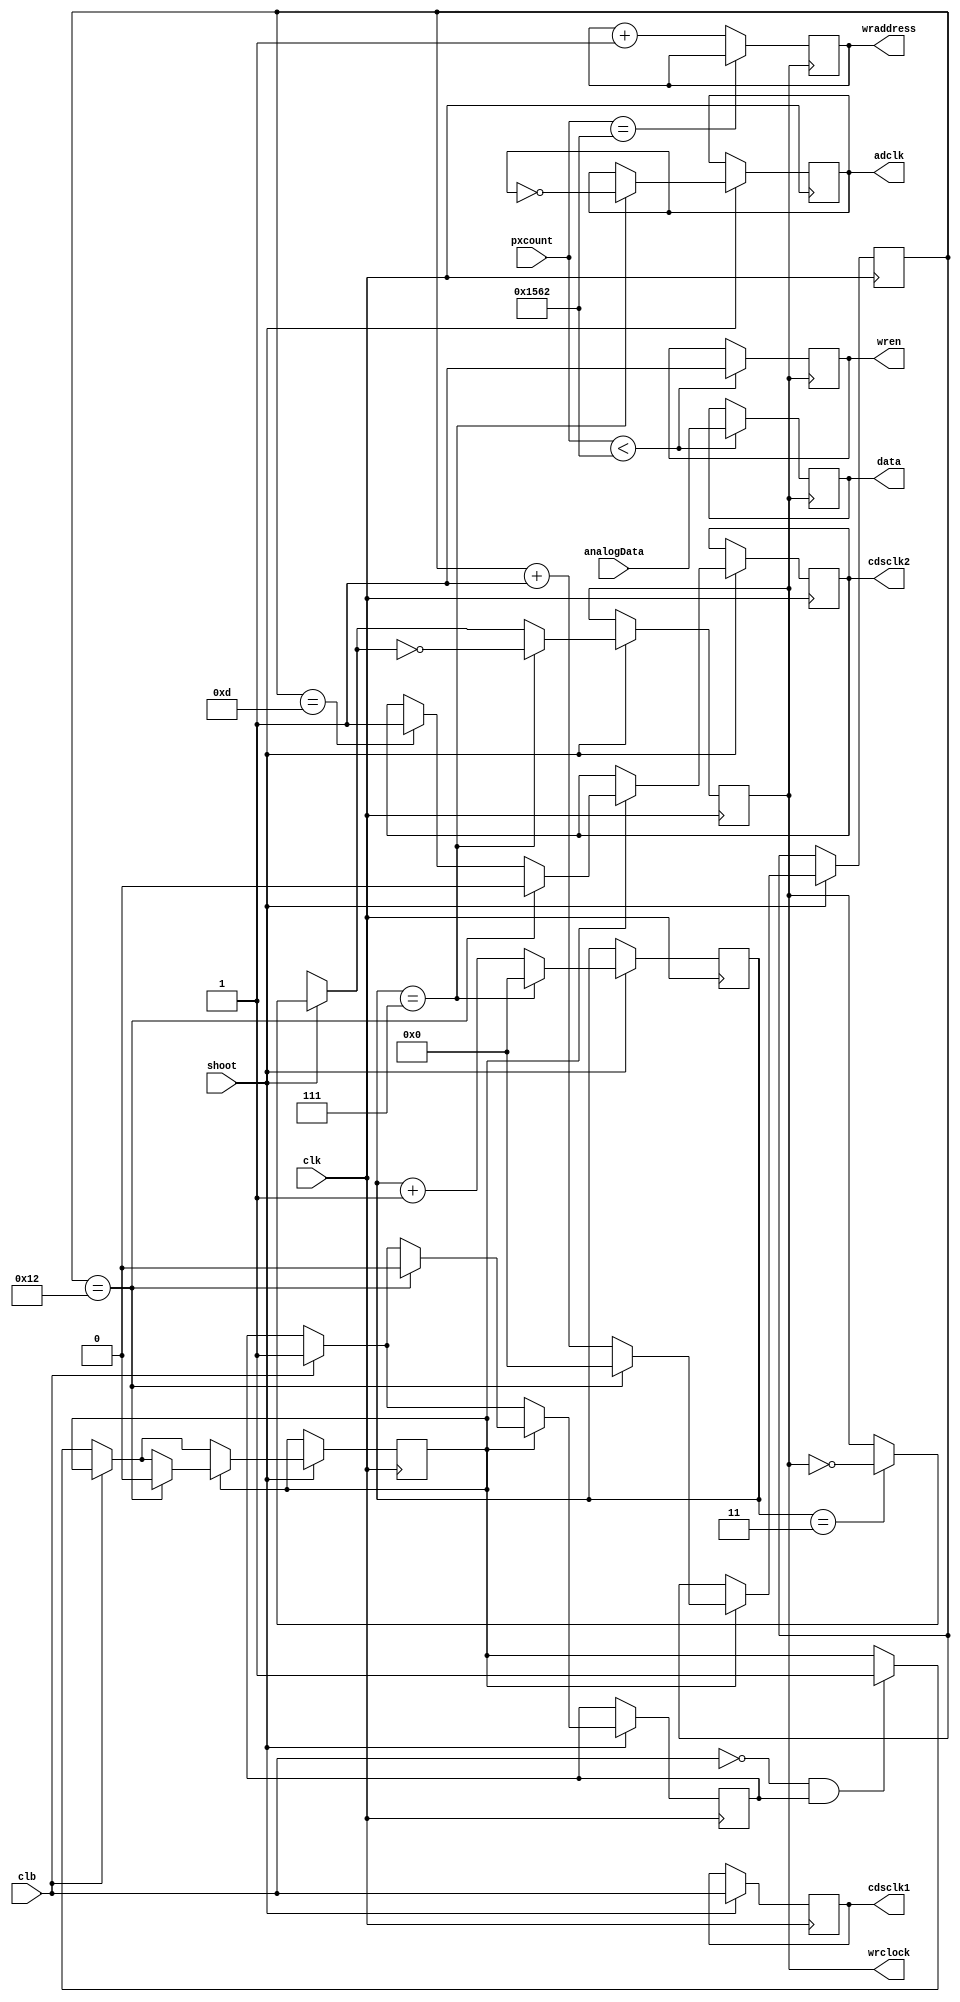
module ADCread (adclk, cdsclk1, cdsclk2, analogData,
				clb,
				shoot, pxcount, clk,
				data, wraddress, wrclock, wren);

output reg adclk = 0;
output reg cdsclk1 = 0;
output reg cdsclk2 = 0;
input [7:0] analogData;

input clb;
input shoot;
input [12:0] pxcount;
input clk;

output reg [7:0] data = 0;
output reg [15:0]  wraddress = 0;
output reg wrclock = 0;
output reg wren = 0;

//CCD frequency is 1 MHz
reg [4:0] counter = 0;
reg [4:0] cds2counter = 0;
reg cds2start = 0;
reg cds2en = 0;

always @(posedge clk) begin
	if (shoot) begin
		if (counter == 3) begin			// clock generation
			wrclock = ~wrclock;
		end 
		if (counter == 7) begin
			wrclock = ~wrclock;
			adclk = ~adclk;
			counter <= 0;
		end else begin
			counter <= counter + 1;
		end
	
		cdsclk1 <= clb;			// CLB is used as cds1 to save LE
		if (clb == 1) begin 
			cds2en <= 1;
		end else if (clb == 0 && cds2en) begin
			cds2start <= 1;
		end
	
		if (cds2start == 1) begin 
			if (cds2counter == 13) begin
				cdsclk2 <= 1;
			end 
			if (cds2counter == 18) begin
				cdsclk2 <= 0;
				cds2counter <= 0;
				cds2start <= 0;
				cds2en <= 0;
			end else begin
				cds2counter <= cds2counter + 1;
			end
		end
	end
end

always @(posedge wrclock) begin
	if (pxcount < 5474) begin			// Reading data and writing to the RAM
		wren <= 1;
		data <= analogData;
	end
	
	if (pxcount == 5474) begin
	
	end else begin
		wraddress <= wraddress + 1;
	end
end

endmodule